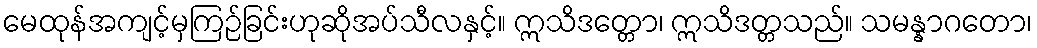
မေထုန်အကျင့်မှကြဉ်ခြင်းဟုဆိုအပ်သီလနှင့်။ ဣသိဒတ္တော၊ ဣသိဒတ္တသည်။ သမန္နာဂတော၊